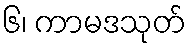
၆၊ ကာမဒသုတ်